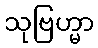
သုဗြဟ္မာ